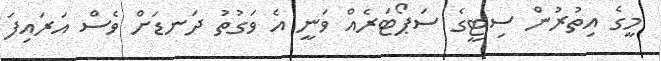
މީގެ އިތުރުން ސިޓީގެ ސަޕޯޓަރެއް ވަނީ އެ ވަގުތު ދަނޑަށް ވެސް އަރައިފަ